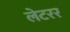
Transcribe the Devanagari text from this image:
लेटरर